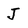
Character: J